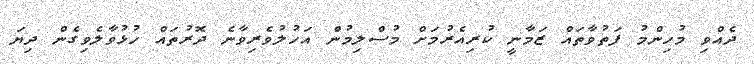
ދެއްވި މުހިންމު ފަތުވާތައް ޒަމާނީ ކުރިއެރުމަށް މުސްލިމުން އަހުލުވެރިވާނެ ދޮރުތައް ހުޅުވާލެވިގެން ދިޔަ